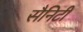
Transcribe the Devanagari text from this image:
सैनिटी